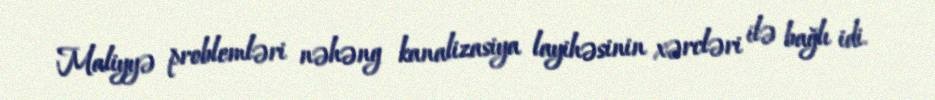
Maliyyə problemləri nəhəng kanalizasiya layihəsinin xərcləri ilə bağlı idi.